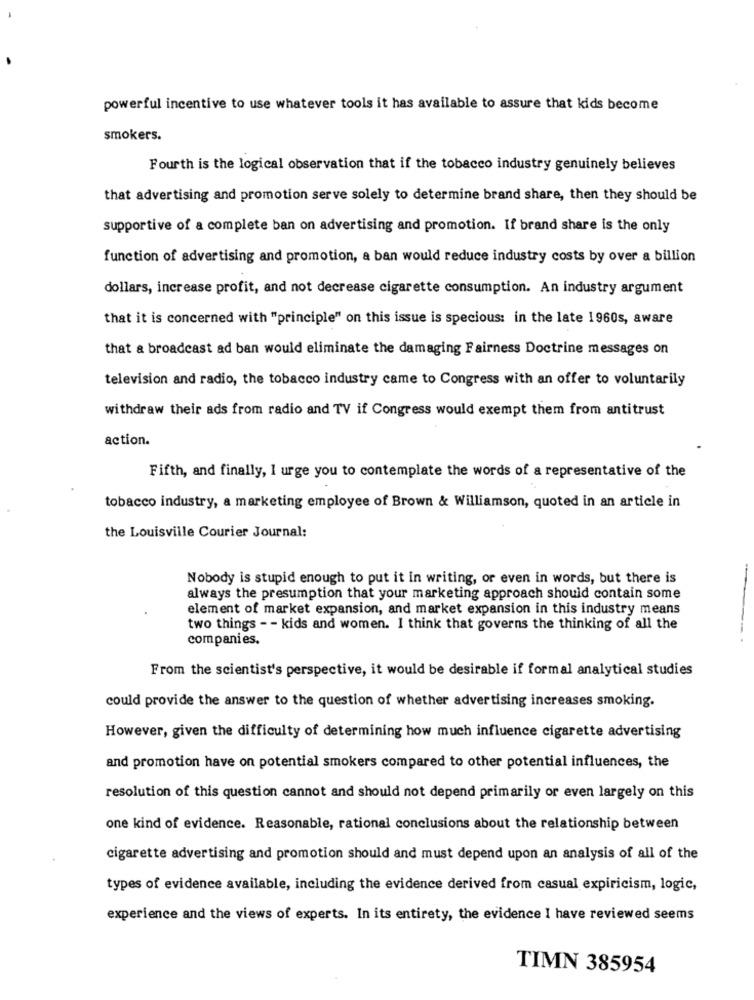
powerful incentive to use whatever tools it has available to assure that kids become
smokers.
Fourth is the logical observation that if the tobacco industry genuinely believes
that advertising and promotion serve solely to determine brand share, then they should be
supportive of a complete ban on advertising and promotion. If brand share is the only
function of advertising and promotion, a ban would reduce industry costs by over a billion
dollars, increase profit, and not decrease cigarette consumption. An industry argument
that it is concerned with "principle" on this issue is specious: in the late 1960s, aware
that & broadcast ad ban would eliminate the damaging Fairness Doctrine messages on
television and radio, the tobacco industry came to Congress with an offer to voluntarily
withdraw their ads from radio and TV if Congress would exempt them from antitrust
action.
Fifth, and finally, 1 urge you to contemplate the words of a representative of the
tobacco industry, a marketing employee of Brown & Williamson, quoted in an article in
the Louisville Courier Journal:
Nobody is stupid enough to put it in writing, or even in words, but there is
always the presumption that your marketing approach should contain some
element of market expansion, and market expansion in this industry means
two things - - kids and women. I think that governs the thinking of all the
companies.
From the scientist's perspective, it would be desirable if formal analytical studies
could provide the answer to the question of whether advertising increases smoking.
However, given the difficulty of determining how much influence cigarette advertising
and promotion have on potential smokers compared to other potential influences, the
resolution of this question cannot and should not depend primarily or even largely on this
one kind of evidence. Reasonable, rational conclusions about the relationship between
cigarette advertising and promotion should and must depend upon an analysis of all of the
types of evidence available, including the evidence derived from casual expiricism, logic,
experience and the views of experts. In its entirety, the evidence I have reviewed seems
TIMN 385954